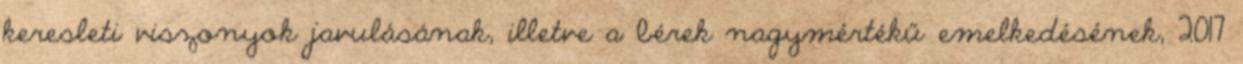
keresleti viszonyok javulásának, illetve a bérek nagymértékű emelkedésének, 2017